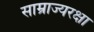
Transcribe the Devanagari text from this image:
साम्राज्यरक्षा